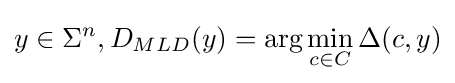
y\in \Sigma ^{n},D_{MLD}(y)=\arg \min _{c\in C}\Delta (c,y)